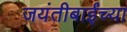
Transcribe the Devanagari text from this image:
जयंतीबाईंच्या